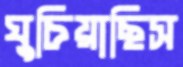
ঘুচিয়াছিস